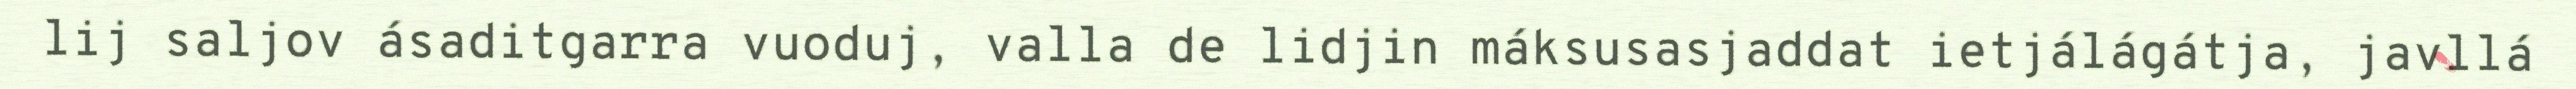
lij saljov ásaditgarra vuoduj, valla de lidjin máksusasjaddat ietjálágátja, javllá